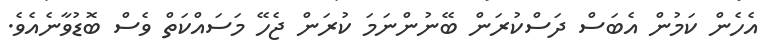
އެހެން ކަމުން އެބަސް ދަސްކުރަން ބޭނުންނަމަ ކުރަން ޖެހޭ މަސައްކަތް ވެސް ބޮޑުވާނެއެވެ.